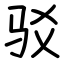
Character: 驳